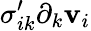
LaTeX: \sigma_{ik}^{\prime}\partial_{k}\mathbf{v}_{i}